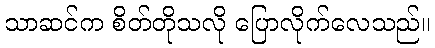
သာဆင်က စိတ်တိုသလို ပြောလိုက်လေသည်။